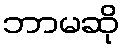
ဘာမဆို